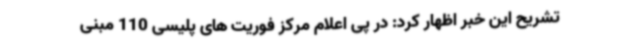
تشریح این خبر اظهار کرد: در پی اعلام مرکز فوریت های پلیسی 110 مبنی